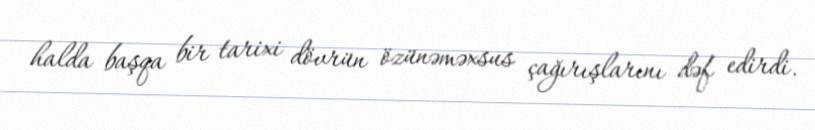
halda başqa bir tarixi dövrün özünəməxsus çağırışlarını dəf edirdi.